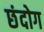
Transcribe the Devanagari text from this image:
छंदोग